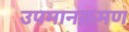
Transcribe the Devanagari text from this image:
उपमानक्रमण